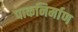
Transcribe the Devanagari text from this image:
पाकनिर्माण